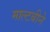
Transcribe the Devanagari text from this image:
माल्टबीने